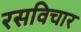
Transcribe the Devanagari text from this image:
रसविचार